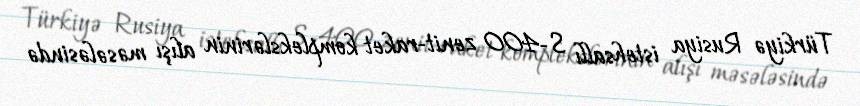
Türkiyə Rusiya istehsallı S-400 zenit-raket komplekslərinin alışı məsələsində